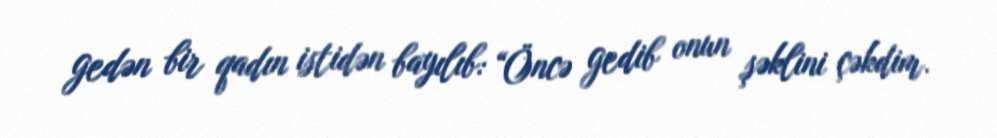
gedən bir qadın istidən bayılıb: “Öncə gedib onun şəklini çəkdim.